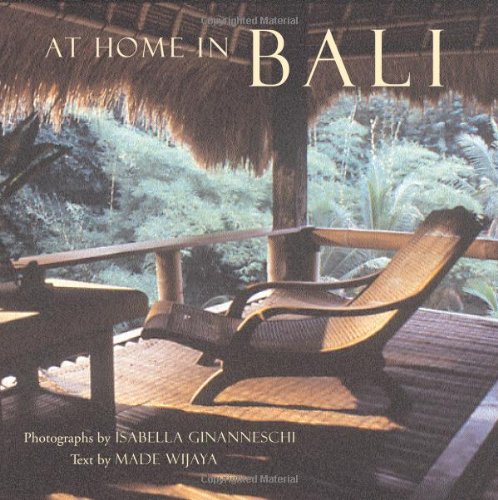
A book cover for At Home in Bali; Made Wijaya; Travel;